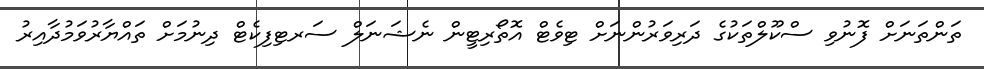
ތަންތަނަށް ފޮނުވި ސްކޫލްތަކުގެ ދަރިވަރުންނަށް ޓިވެޓް އޮތޯރިޓީން ނެޝަނަލް ސަރޓިފިކެޓް ދިނުމަށް ތައްޔާރުވަމުދާއިރު